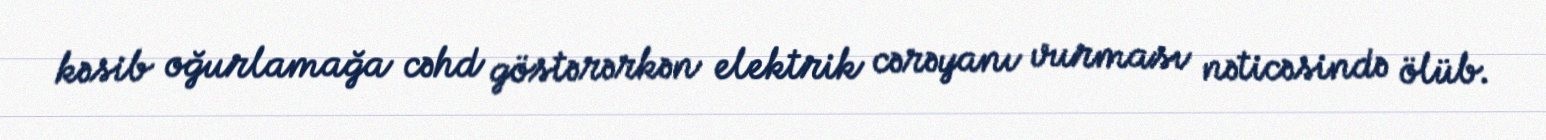
kəsib oğurlamağa cəhd göstərərkən elektrik cərəyanı vurması nəticəsində ölüb.